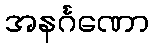
အနင်္ဂဏော